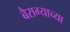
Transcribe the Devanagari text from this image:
बैराग्याच्या